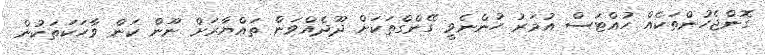
ގޮންޖެހުންތަކެއް ހުއްޓަސް އުމަރު ހުންނެވީ ގޭންގްތަކަށް ދޫދެއްވަން ތައްޔާރަށް ނޫން ކަން ވާހަކަތަކުން